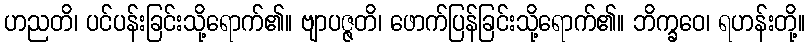
ဟညတိ၊ ပင်ပန်းခြင်းသို့ရောက်၏။ ဗျာပဇ္ဇတိ၊ ဖောက်ပြန်ခြင်းသို့ရောက်၏။ ဘိက္ခဝေ၊ ရဟန်းတို့။